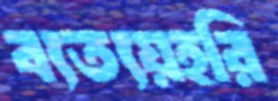
ব্যত্যয়হরি